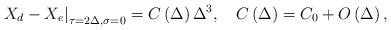
LaTeX: \begin{align*}\left. X_d-X_e\right| _{\tau =2\Delta ,\sigma =0}=C\left( \Delta \right)\Delta ^3,\quad C\left( \Delta \right) =C_0+O\left( \Delta \right) ,\end{align*}